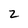
Character: z